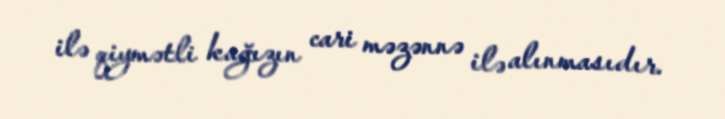
ilə qiymətli kağızın cari məzənnə ilə alınmasıdır.